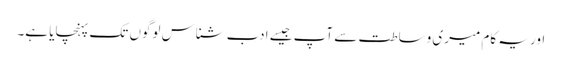
اور یہ کام میری وساطت سے آپ جیسے ادب شناس لوگوں تک پہنچایا ہے۔